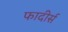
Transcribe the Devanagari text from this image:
फादीर्स